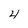
Character: 4